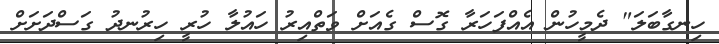
ހިނގާބަލަ" ދެމީހުން އެއްފަހަރާ ގޮސް ގެއަށް ވަތްއިރު ހައުލާ ހުރީ ހިރުނދު ގަސްދަށަށް